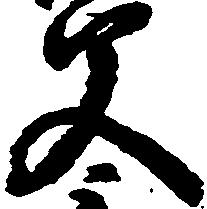
父